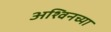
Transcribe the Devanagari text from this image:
अश्विनच्या